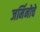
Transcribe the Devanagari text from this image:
जर्मिनोचे